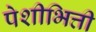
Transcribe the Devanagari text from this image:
पेशीभित्ती